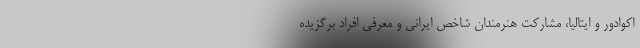
اکوادور و ایتالیا، مشارکت هنرمندان شاخص ایرانی و معرفی افراد برگزیده